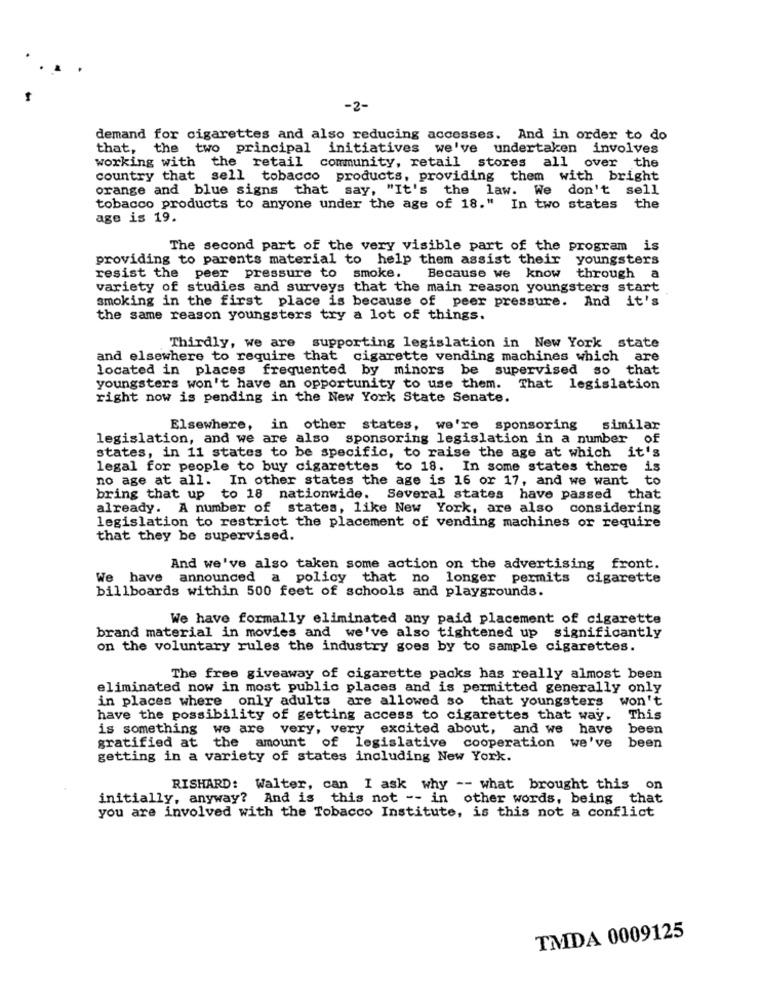
-2-
demand for cigarettes and also reducing accesses. And in order to do
that,
the two principal initiatives we've undertaken involves
working with the retail community, retail stores all over the
country that sell tobacco products, providing them with bright
orange and blue signs that say, "It's the law. We don't sell
tobacco products to anyone under the age of 18." In two states the
age is 19.
The second part of the very visible part of the program is
providing to parents material to help them assist their
youngsters
resist the peer pressure to smoke.
Because we know
through
a
variety of studies and surveys that the main reason youngsters start
smoking in the first place is because of peer pressure. And it's
the same reason youngsters try a lot of things.
Thirdly, we are supporting legislation in New York state
and elsewhere to require that cigarette vending machines which are
located in places frequented by minors be supervised so
that
youngsters won't have an opportunity to use them.
That legislation
right now is pending in the New York State Senate.
Elsewhere, in other states, we're sponsoring
similar
legislation, and we are also sponsoring legislation in a number of
states, in 11 states to be specific, to raise the age at which it's
legal for people to buy cigarettes to 18. In some states there
no age at all. In other states the age is 16 or 17, and we want
to
bring that up to 18 nationwide. Several states have passed that
already. A number of states, like New York, are also considering
legislation to restrict the placement of vending machines or require
that they be supervised.
And we've also taken some action on the advertising front.
We have announced a policy that no longer permits cigarette
billboards within 500 feet of schools and playgrounds.
We have formally eliminated any paid placement of cigarette
brand material in movies and we've also tightened up significantly
on the voluntary rules the industry goes by to sample cigarettes.
The free giveaway of cigarette packs has really almost been
eliminated now in most public places and is permitted generally only
in places where only adults are allowed so that youngsters won't
have the possibility of getting access to cigarettes that way.
This
is something we are very, very excited about, and we have
been
gratified at the amount of legislative cooperation we've
been
getting in a variety of states including New York.
RISHARD: Walter, can I ask why -- what brought this on
initially, anyway? And is this not -- in other words, being that
you are involved with the Tobacco Institute, is this not a conflict
TMDA 0009125